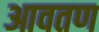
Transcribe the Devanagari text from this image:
आवतण